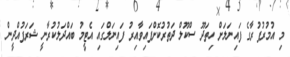
މި އުމުރުފުރާގެ ފައިނަލަށް ހިތަދޫ ސްކޫލް ދަތުރުކޮށްފައިވާއިރު ފައިނަލްގައި އެޓީމު ބައްދަލުކުރާނީ ޝަރަފުއްދީން